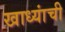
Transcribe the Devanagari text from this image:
खाध्यांची